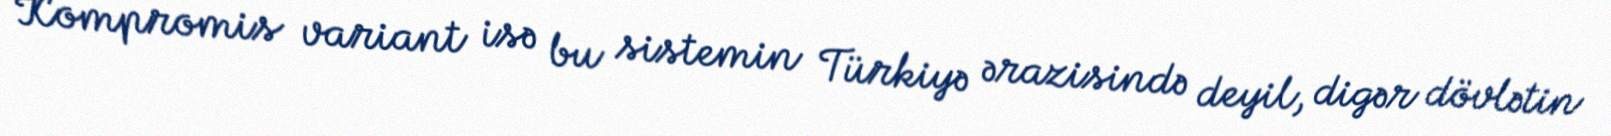
Kompromis variant isə bu sistemin Türkiyə ərazisində deyil, digər dövlətin